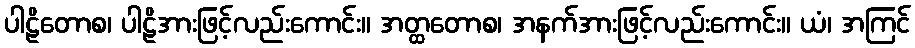
ပါဠိတောစ၊ ပါဠိအားဖြင့်လည်းကောင်း။ အတ္ထတောစ၊ အနက်အားဖြင့်လည်းကောင်း။ ယံ၊ အကြင်